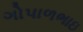
ગોપાળભાઇ